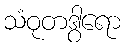
သံဝုတဒွါရော